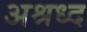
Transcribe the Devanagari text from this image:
अश्रध्द